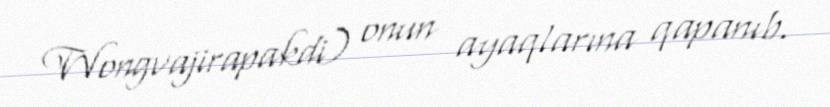
Wongvajirapakdi) onun ayaqlarına qapanıb.